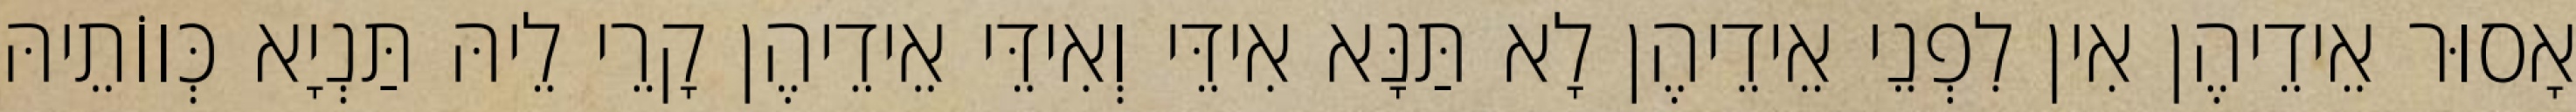
אָסוּר אֵידֵיהֶן אִין לִפְנֵי אֵידֵיהֶן לָא תַּנָּא אִידֵּי וְאִידֵּי אֵידֵיהֶן קָרֵי לֵיהּ תַּנְיָא כְּווֹתֵיהּ